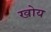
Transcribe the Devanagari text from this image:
खोय